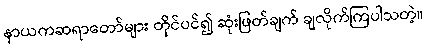
နာယကဆရာတော်များ တိုင်ပင်၍ ဆုံးဖြတ်ချက် ချလိုက်ကြပါသတဲ့။